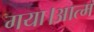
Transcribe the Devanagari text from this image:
गया।आत्म